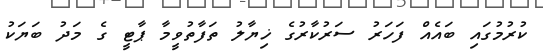
ކުރުމުގައި ބައެއް ފަހަރު ސަރުކާރުގެ ޚިޔާލު ތަފާތުވީމާ ޕާޓީ ގެ މަދު ބަޔަކު